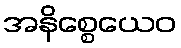
အနိစ္စေယေဝ